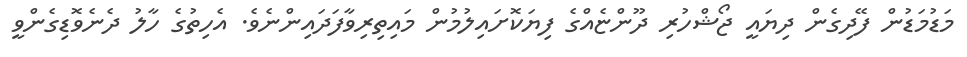
މަޑުމަޑުން ފޭދިގެން ދިޔައީ ޖޯޝްހުރި ދޫންޏެއްގެ ފިޔަކޮށައިލުމުން މައިތިރިވާފަދައިންނެވެ. އެހިތުގެ ހާލު ދެނެވޮޑިގެންވީ